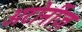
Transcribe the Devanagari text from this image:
अटोर्नीज़